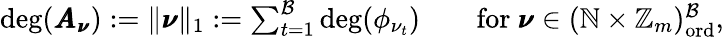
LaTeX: \begin{array}{r}{\deg(\pmb{A}_{\pmb{\nu}}):=\| \pmb{\nu}\| _{1}:=\sum_{t=1}^{\mathcal{B}}\deg(\phi_{\nu_{t}})\qquad\mathrm{for}~\pmb{\nu}\in(\mathbb{N}\times\mathbb{Z}_{m})_{\mathrm{ord}}^{\mathcal{B}},}\end{array}